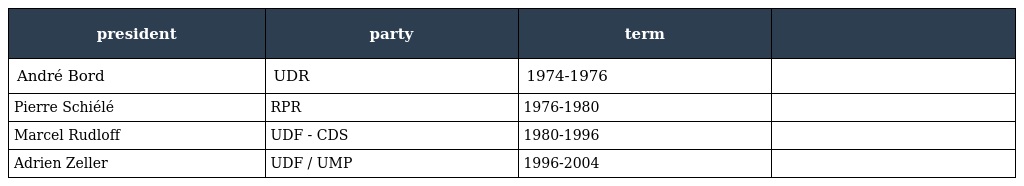
| president | party | term |  |
 | --- | --- | --- | --- |
 | André Bord | UDR | 1974-1976 |  |
 | Pierre Schiélé | RPR | 1976-1980 |  |
 | Marcel Rudloff | UDF - CDS | 1980-1996 |  |
 | Adrien Zeller | UDF / UMP | 1996-2004 |  |